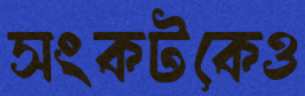
সংকটকেও